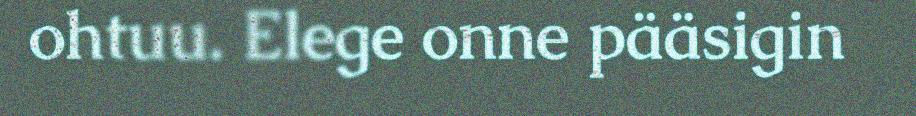
ohtuu. Elege onne pääsigin